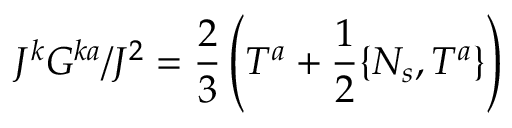
J ^ { k } G ^ { k a } / J ^ { 2 } = \frac 2 3 \left( T ^ { a } + \frac 1 2 \{ N _ { s } , T ^ { a } \} \right)